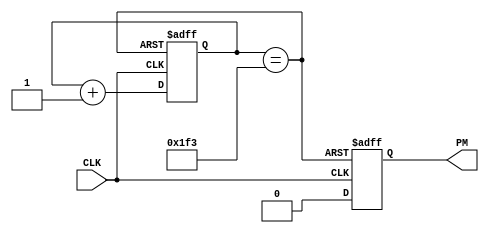
// 8-36
module FDIV (CLK, PM);
	input CLK;
	output PM;
	reg[8:0] Q1;
	reg FULL;
	wire RST;
	
	always @ (posedge CLK or posedge RST) begin 
		if (RST) begin
			Q1 <= 0;
			FULL <= 1;
		end
		else begin
			Q1 <= Q1 + 1'b1;
			FULL <= 0;
		end
	end
	
	assign RST = (Q1 == 499);
	assign PM = FULL;
//	assign DOUT = Q1;
endmodule